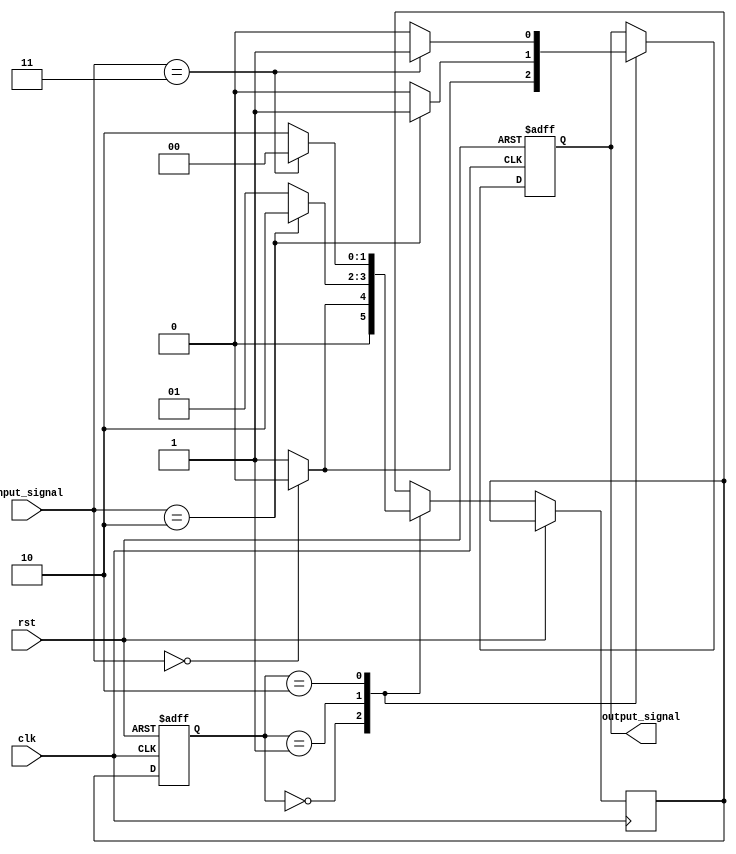
module mealy_state_machine (
    input wire clk,
    input wire rst,
    input wire [1:0] input_signal,
    output reg output_signal
);

// Define states
parameter S0 = 2'b00;
parameter S1 = 2'b01;
parameter S2 = 2'b10;

// Define state register
reg [1:0] state_reg;
// Define next state
reg [1:0] next_state;

always @ (posedge clk or posedge rst) begin
    if (rst) begin
        state_reg <= S0;
        output_signal <= 0;
    end else begin
        state_reg <= next_state;
        case (state_reg)
            S0: begin
                next_state = input_signal == 2'b00 ? S0 : S1;
                output_signal = input_signal == 2'b00 ? 0 : 1;
            end
            S1: begin
                next_state = input_signal == 2'b10 ? S2 : S1;
                output_signal = input_signal == 2'b10 ? 1 : 0;
            end
            S2: begin
                next_state = input_signal == 2'b11 ? S0 : S2;
                output_signal = input_signal == 2'b11 ? 1 : 0;
            end
        endcase
    end
end

endmodule